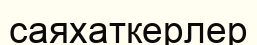
саяхаткерлер